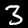
Label: 3